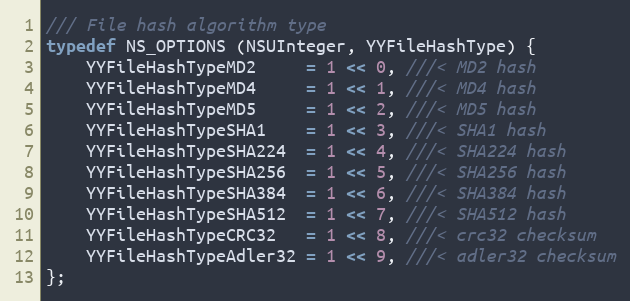
Language: C
/// File hash algorithm type
typedef NS_OPTIONS (NSUInteger, YYFileHashType) {
    YYFileHashTypeMD2     = 1 << 0, ///< MD2 hash
    YYFileHashTypeMD4     = 1 << 1, ///< MD4 hash
    YYFileHashTypeMD5     = 1 << 2, ///< MD5 hash
    YYFileHashTypeSHA1    = 1 << 3, ///< SHA1 hash
    YYFileHashTypeSHA224  = 1 << 4, ///< SHA224 hash
    YYFileHashTypeSHA256  = 1 << 5, ///< SHA256 hash
    YYFileHashTypeSHA384  = 1 << 6, ///< SHA384 hash
    YYFileHashTypeSHA512  = 1 << 7, ///< SHA512 hash
    YYFileHashTypeCRC32   = 1 << 8, ///< crc32 checksum
    YYFileHashTypeAdler32 = 1 << 9, ///< adler32 checksum
};